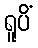
ရူပိံ